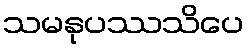
သမနုပဿသိပေ